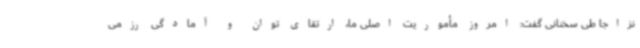
نزاجا طی سخنانی گفت: امروز مأموریت اصلی ما، ارتقای توان و آمادگی رزمی